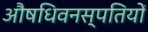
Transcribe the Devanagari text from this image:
औषधिवनस्पतियों